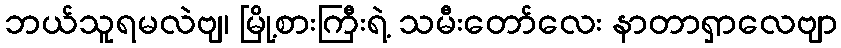
ဘယ်သူရမလဲဗျ၊ မြို့စားကြီးရဲ့ သမီးတော်လေး နာတာရှာလေဗျာ